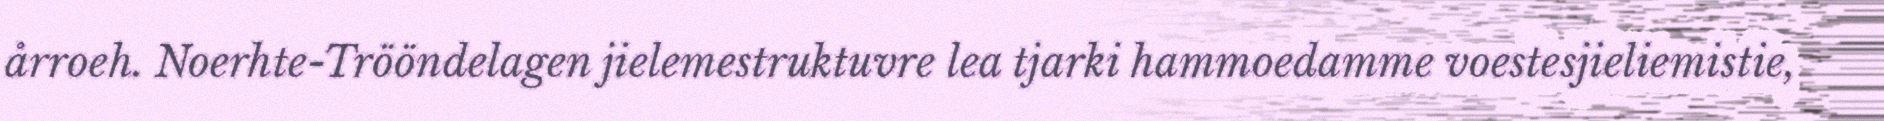
årroeh. Noerhte-Trööndelagen jielemestruktuvre lea tjarki hammoedamme voestesjieliemistie,